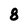
Character: 8